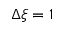
\Delta \xi = 1